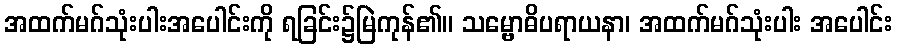
အထက်မဂ်သုံးပါးအပေါင်းကို ရခြင်း၌မြဲကုန်၏။ သမ္ဗောဓိပရာယနာ၊ အထက်မဂ်သုံးပါး အပေါင်း